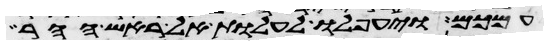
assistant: עמכם ויעפלו לעלות אל ראש ההר